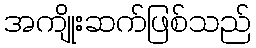
အကျိုးဆက်ဖြစ်သည်